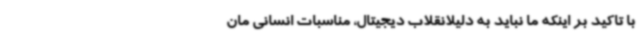
با تاکید بر اینکه ما نباید به دلیلانقلاب دیجیتال، مناسبات انسانی مان